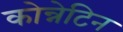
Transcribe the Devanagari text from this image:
कोन्नेटिन